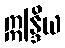
ဣန္ဒြိယ